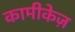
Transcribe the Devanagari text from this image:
कामीकेज़